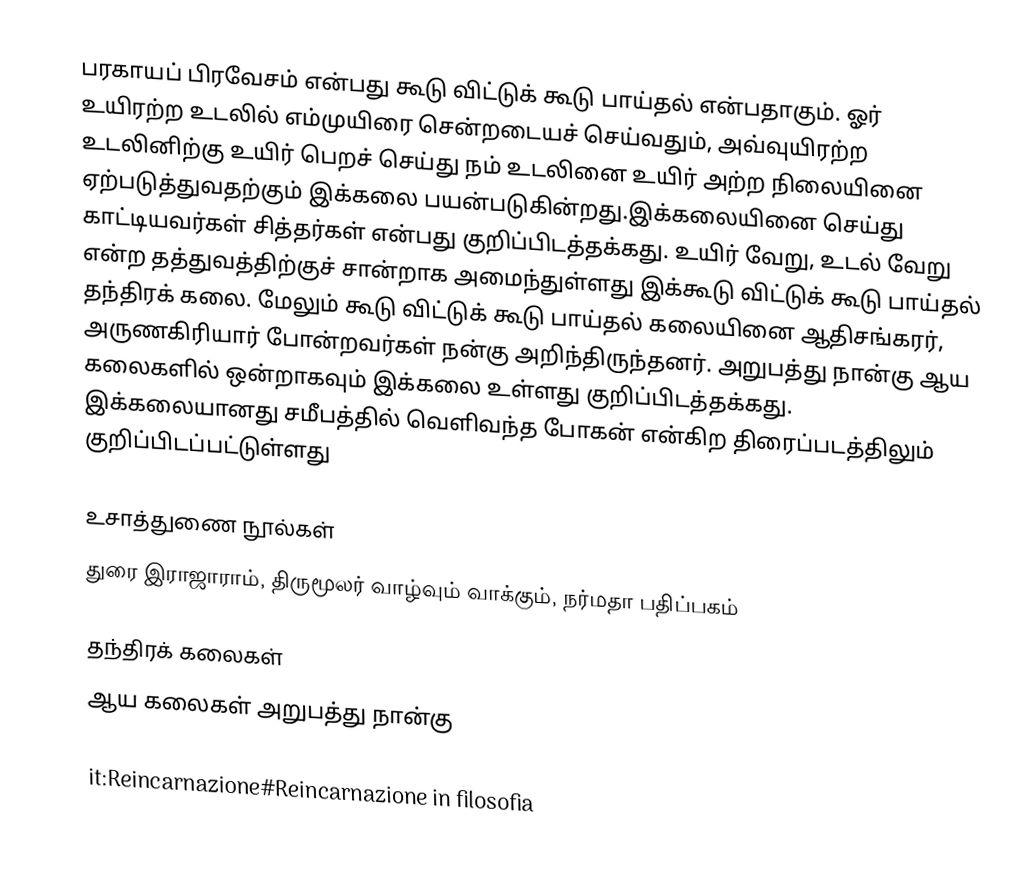
பரகாயப் பிரவேசம் என்பது கூடு விட்டுக் கூடு பாய்தல் என்பதாகும். ஓர் உயிரற்ற உடலில் எம்முயிரை சென்றடையச் செய்வதும், அவ்வுயிரற்ற உடலினிற்கு உயிர் பெறச் செய்து நம் உடலினை உயிர் அற்ற நிலையினை ஏற்படுத்துவதற்கும் இக்கலை பயன்படுகின்றது.இக்கலையினை செய்து காட்டியவர்கள் சித்தர்கள் என்பது குறிப்பிடத்தக்கது. உயிர் வேறு, உடல் வேறு என்ற தத்துவத்திற்குச் சான்றாக அமைந்துள்ளது இக்கூடு விட்டுக் கூடு பாய்தல் தந்திரக் கலை. மேலும் கூடு விட்டுக் கூடு பாய்தல் கலையினை ஆதிசங்கரர், அருணகிரியார் போன்றவர்கள் நன்கு அறிந்திருந்தனர். அறுபத்து நான்கு ஆய கலைகளில் ஒன்றாகவும் இக்கலை உள்ளது குறிப்பிடத்தக்கது. இக்கலையானது சமீபத்தில் வெளிவந்த போகன் என்கிற திரைப்படத்திலும் குறிப்பிடப்பட்டுள்ளது

உசாத்துணை நூல்கள்
 துரை இராஜாராம், திருமூலர் வாழ்வும் வாக்கும், நர்மதா பதிப்பகம்

தந்திரக் கலைகள்
ஆய கலைகள் அறுபத்து நான்கு

it:Reincarnazione#Reincarnazione in filosofia